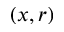
( x , r )